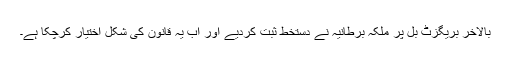
بالآخر بریگزٹ بل پر ملکہ برطانیہ نے دستخط ثبت کردیے اور اب یہ قانون کی شکل اختیار کرچکا ہے۔